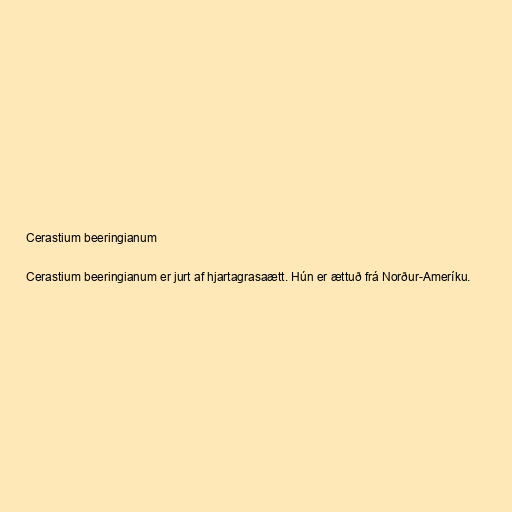
Cerastium beeringianum

Cerastium beeringianum er jurt af hjartagrasaætt. Hún er ættuð frá Norður-Ameríku.